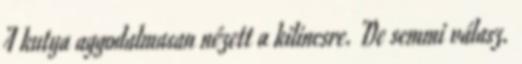
A kutya aggodalmasan nézett a kilincsre. De semmi válasz.